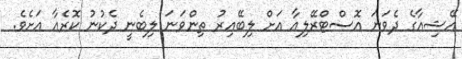
އޭޝިއާގެ ދެވަނަ އޮސްޓްރޭލިއާ އަށް ލިބޭއިރު ތިންވަނަ ލިބެނީ ދެކުނު ކޮރެއާ އަށެވެ.